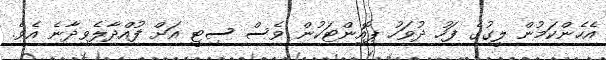
އެހެންކަމުން ލީގުގެ ފަހު ދުވަހު ޕޮއިންޓަކުން ވެސް ސިޓީ އަށް ފުއްދާލެވިދާނެ އެވެ.